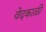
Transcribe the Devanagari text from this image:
वेदकाळी